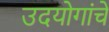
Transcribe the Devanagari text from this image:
उदयोगांचे